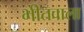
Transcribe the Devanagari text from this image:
भीतवाला